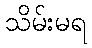
သိမ်းမရ